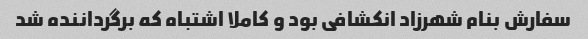
سفارش بنام شهرزاد انکشافی بود و کاملا اشتباه که برگرداننده شد